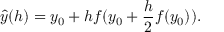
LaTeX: \hat { y } ( h ) = y _ { 0 } + h f ( y _ { 0 } + \frac { h } { 2 } f ( y _ { 0 } ) ) .